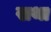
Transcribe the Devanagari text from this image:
खथा